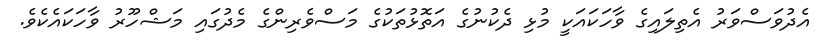
އެދުވަސްވަރު އެތިލައިގެ ވާހަކައަކީ މުޅި ދެކުނުގެ އަތޮޅުތަކުގެ މަސްވެރިންގެ މެދުގައި މަޝްހޫރު ވާހަކައެކެވެ.